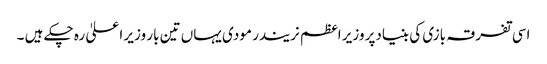
اسی تفرقہ بازی کی بنیادپر وزیر اعظم نریندر مودی یہاں تین بار وزیر ا علیٰ رہ چکے ہیں ۔